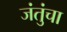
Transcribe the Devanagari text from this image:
जंतुंचा